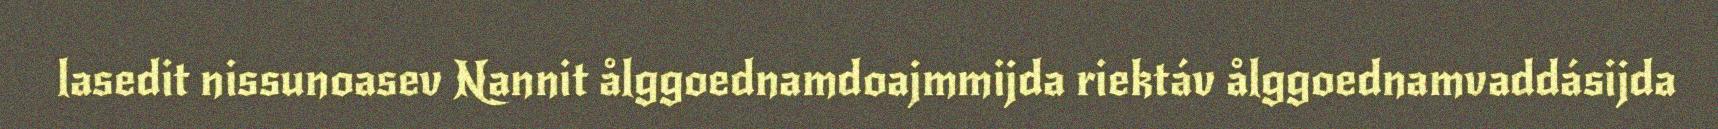
lasedit nissunoasev Nannit ålggoednamdoajmmijda riektáv ålggoednamvaddásijda